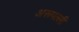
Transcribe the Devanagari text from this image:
अरूपल्ली